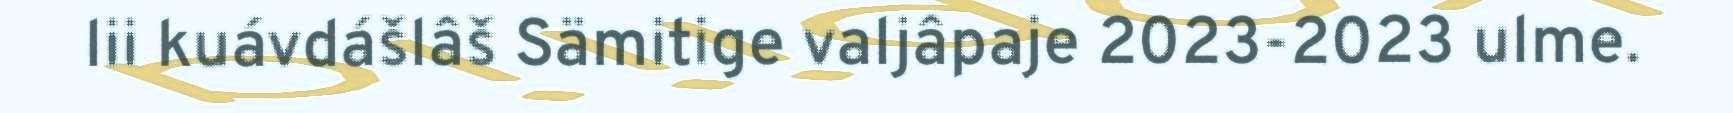
lii kuávdášlâš Sämitige valjâpaje 2023-2023 ulme.